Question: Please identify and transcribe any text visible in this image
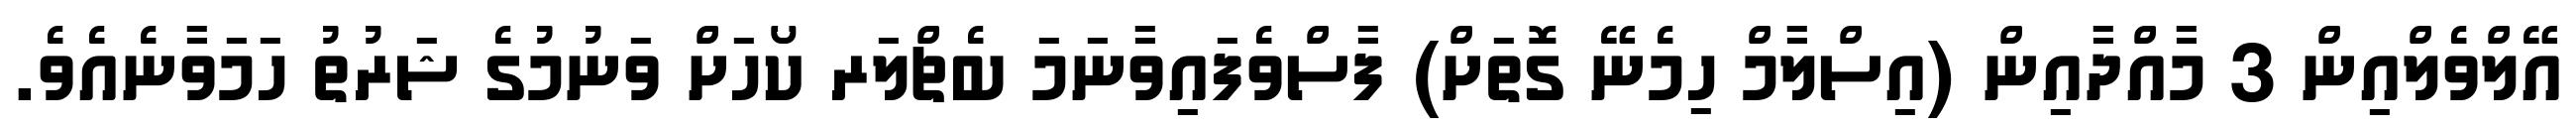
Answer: އޭލްވެލްއިން 3 މާއްދާއިން (އިސްލާމް ހިމެނޭ ގޮތަށް) ފާސްވެފައިވާނަމަ ބެޗްލަރ ކޯހަށް ވަނުމުގެ ޝަރުތު ހަމަވާނެއެވެ.